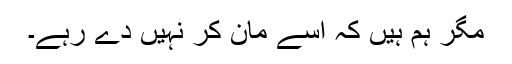
مگر ہم ہیں کہ اسے مان کر نہیں دے رہے۔